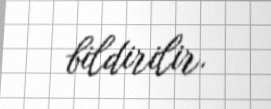
bildirilir.